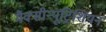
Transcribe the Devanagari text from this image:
मैक्सीन्यूट्रिशियन